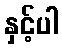
နှင့်ပါ